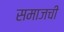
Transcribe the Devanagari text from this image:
समाजची